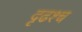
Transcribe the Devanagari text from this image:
दृढश्च